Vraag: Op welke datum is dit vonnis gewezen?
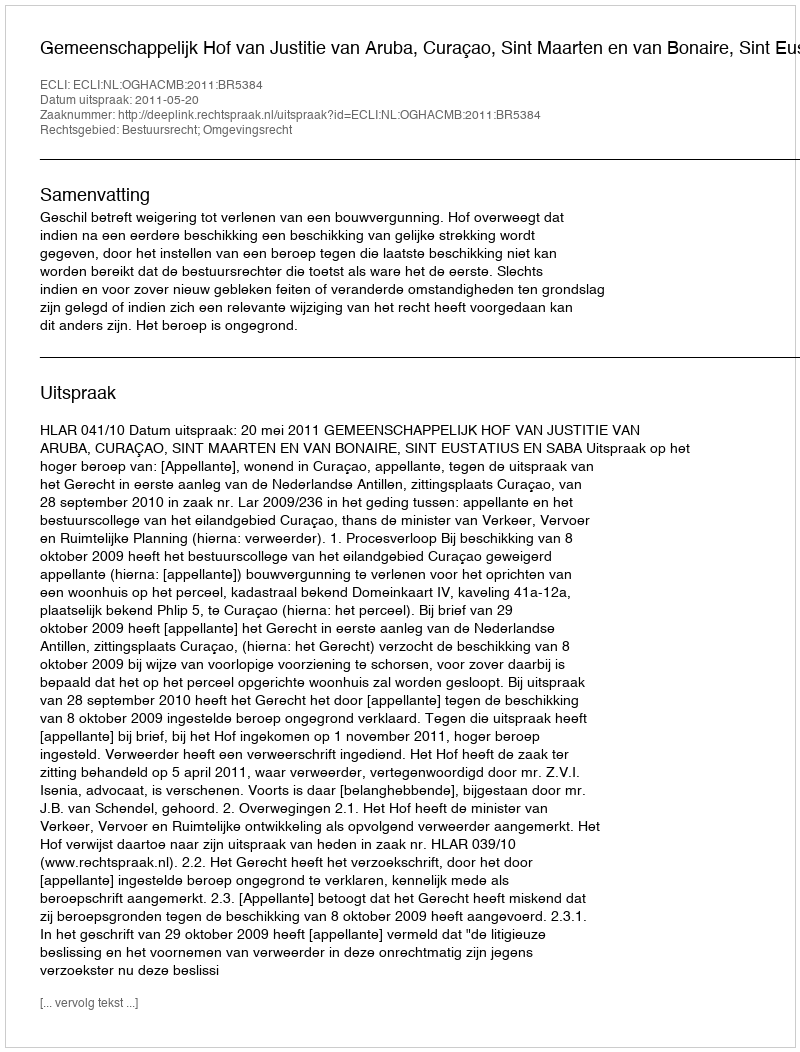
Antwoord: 2011-05-20